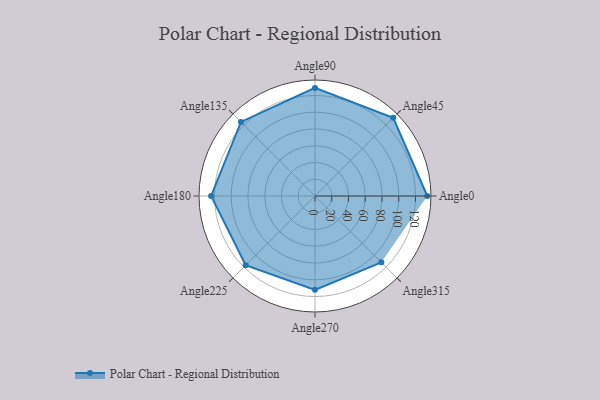
{"axis": {"x": "Angle", "y": "Radius"}, "legend": [""], "data": [{"x": "Angle0", "y": 134.0, "type": ""}, {"x": "Angle45", "y": 132.0, "type": ""}, {"x": "Angle90", "y": 129.0, "type": ""}, {"x": "Angle135", "y": 125.0, "type": ""}, {"x": "Angle180", "y": 124.0, "type": ""}, {"x": "Angle225", "y": 117.0, "type": ""}, {"x": "Angle270", "y": 112.0, "type": ""}, {"x": "Angle315", "y": 112.0, "type": ""}]}